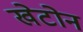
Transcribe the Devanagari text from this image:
खेटोन